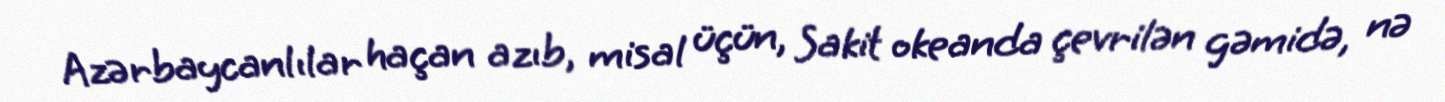
Azərbaycanlılar haçan azıb, misal üçün, Sakit okeanda çevrilən gəmidə, nə